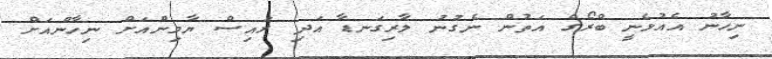
ނިހާނު އެއުޅެނީ ބްރޯގެ އަތުން ނެގުނު ލާރިގަނޑާ އަދި ރައިސް ޔާމިންއަށް ނިހާންއަށް